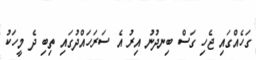
ގަހެއްގައި ޖެހި ގަސް ބިނދުނު އިރު އެ ސަރަހައްދުގައި ތިބި ދެ މީހަކު